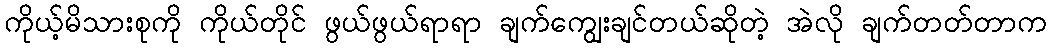
ကိုယ့်မိသားစုကို ကိုယ်တိုင် ဖွယ်ဖွယ်ရာရာ ချက်ကျွေးချင်တယ်ဆိုတဲ့ အဲလို ချက်တတ်တာက